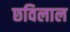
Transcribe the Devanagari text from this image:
छविलाल